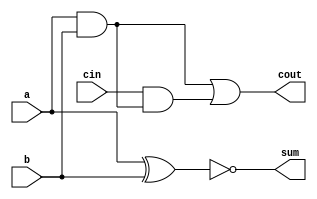
module full_adder8(a,b,cin,sum,cout);
input a,b,cin;
output sum,cout;
assign sum = a^b^1'b1;
assign cout = a&b|cin&(a&b); 
// initial begin
//     $display("The incorrect adder with xor1 having in2/1");
// end   
endmodule